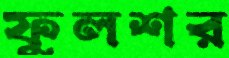
ফুলশর